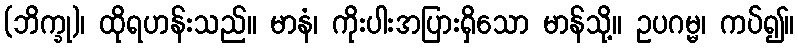
(ဘိက္ခု)၊ ထိုရဟန်းသည်။ မာနံ၊ ကိုးပါးအပြားရှိသော မာန်သို့။ ဥပဂမ္မ၊ ကပ်၍။